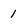
Character: 1